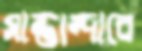
সান্তান্দারে